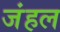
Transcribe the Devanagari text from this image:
जंहल